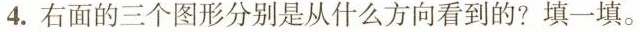
4.右面的三个图形分别是从什么方向看到的?填一填。